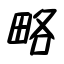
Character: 略